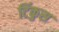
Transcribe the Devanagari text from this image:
टिंकुस